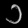
Digit: ၁